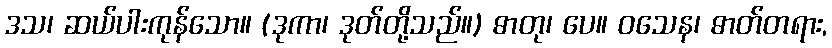
ဒသ၊ ဆယ်ပါးကုန်သော။ (ဒုကာ၊ ဒုတ်တို့သည်။) ဓာတု၊ ပေ။ ဝသေန၊ ဓာတ်တရား,